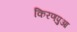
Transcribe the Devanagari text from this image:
किरणपुआ